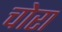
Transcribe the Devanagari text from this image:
चोरा